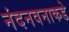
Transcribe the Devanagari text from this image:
नंदनवनाकडे